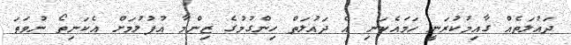
ދައުލަތެއް ގާއިމުކުރަނީ ހަމައެކަނި އެ ދައުލަތް ހިންގުމުގެ ޒިންމާ އުފުލުމަށް އެކަނިތޯ ނުވަތަ